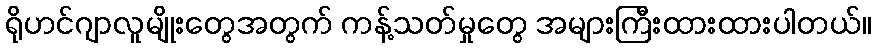
ရိုဟင်ဂျာလူမျိုးတွေအတွက် ကန့်သတ်မှုတွေ အများကြီးထားထားပါတယ်။